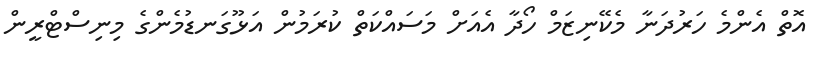
އޮތް އެންމެ ހަރުދަނާ މެކޭނިޒަމް ހޯދާ އެއަށް މަސައްކަތް ކުރަމުން އަޅޫގަނޑުމެންގެ މިނިސްޓްރީން